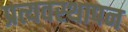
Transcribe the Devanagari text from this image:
प्रत्यवस्थापन